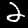
Digit: 2